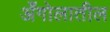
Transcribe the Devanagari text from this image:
अँगोलातील